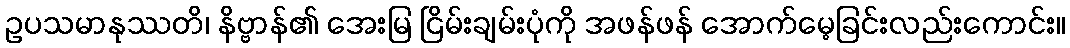
ဥပသမာနုဿတိ၊ နိဗ္ဗာန်၏ အေးမြ ငြိမ်းချမ်းပုံကို အဖန်ဖန် အောက်မေ့ခြင်းလည်းကောင်း။